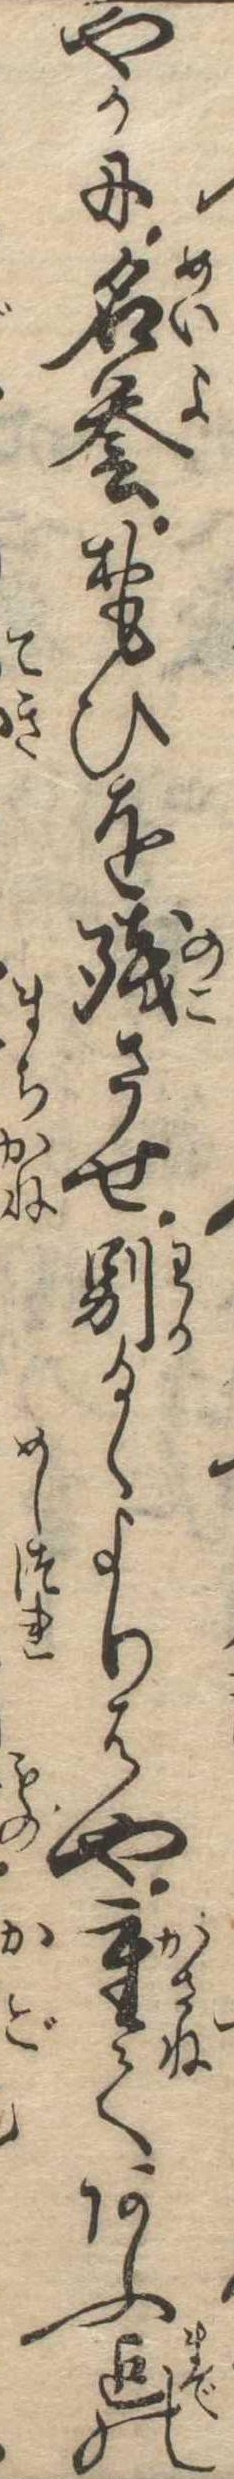
やかに名誉おもひを残させ別るゝよりはや重てあふ迄の